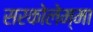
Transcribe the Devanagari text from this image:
सरकोलेम्मा